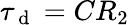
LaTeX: \tau_{\mathrm{~d~}}=CR_{2}